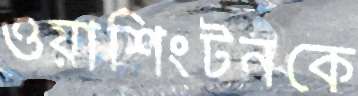
ওয়াশিংটনকে